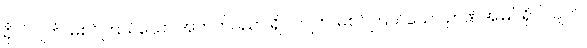
ရှိပါလျက်၊ မစင်ကြယ်သော အတတ်ပညာ ရှိပါလျက်၊ မစင်ကြယ်သော ဉာဏ်အမြင်ရှိပါလျက်၊